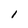
Character: 1